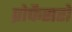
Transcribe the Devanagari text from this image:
प्रोफैसरों